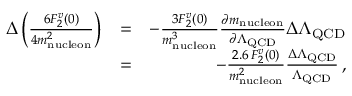
\begin{array} { r l r } { \Delta \left( \frac { 6 F _ { 2 } ^ { v } ( 0 ) } { 4 m _ { \mathrm { n u c l e o n } } ^ { 2 } } \right) } & { = } & { - \frac { 3 F _ { 2 } ^ { v } ( 0 ) } { m _ { \mathrm { n u c l e o n } } ^ { 3 } } \frac { \partial m _ { \mathrm { n u c l e o n } } } { \partial \Lambda _ { \mathrm { Q C D } } } \Delta \Lambda _ { \mathrm { Q C D } } } \\ & { = } & { - \frac { 2 . 6 \, F _ { 2 } ^ { v } ( 0 ) } { m _ { \mathrm { n u c l e o n } } ^ { 2 } } \frac { \Delta \Lambda _ { \mathrm { Q C D } } } { \Lambda _ { \mathrm { Q C D } } } \, , } \end{array}